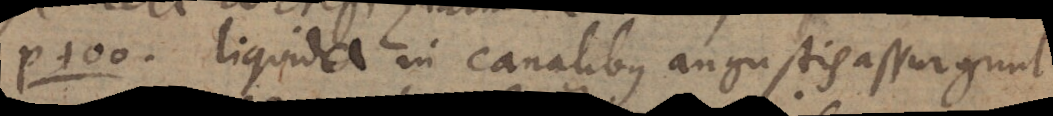
P. 100 Liquida in canalibus angustis assurgunt